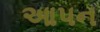
આપન